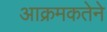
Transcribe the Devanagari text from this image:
आक्रमकतेने